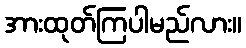
အားထုတ်ကြပါမည်လား။